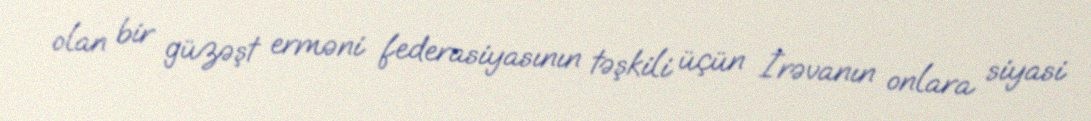
olan bir güzəşt erməni federasiyasının təşkili üçün İrəvanın onlara siyasi